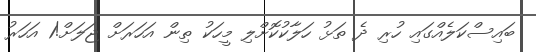
ބައިސްކަލެއްގައި ހުރި ދެ ތަޅު ހަލާކުކޮށްލި މީހަކު ތިން އަހަރަށް ޖަލަށް!1 އަހަރު